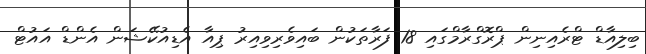
ބިލިއާޑް ޓްރެއިނިން ޕްރޮގްރާމްގައި 18 ފަރާތަކުން ބައިވެރިވިއިރު ޕިއާ އެޑިއުކޭޝަން އެންޑް އައުޓް